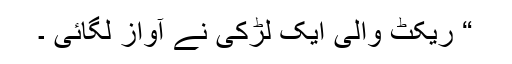
“ ریکٹ والی ایک لڑکی نے آواز لگائی ۔